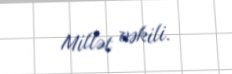
Millət vəkili.